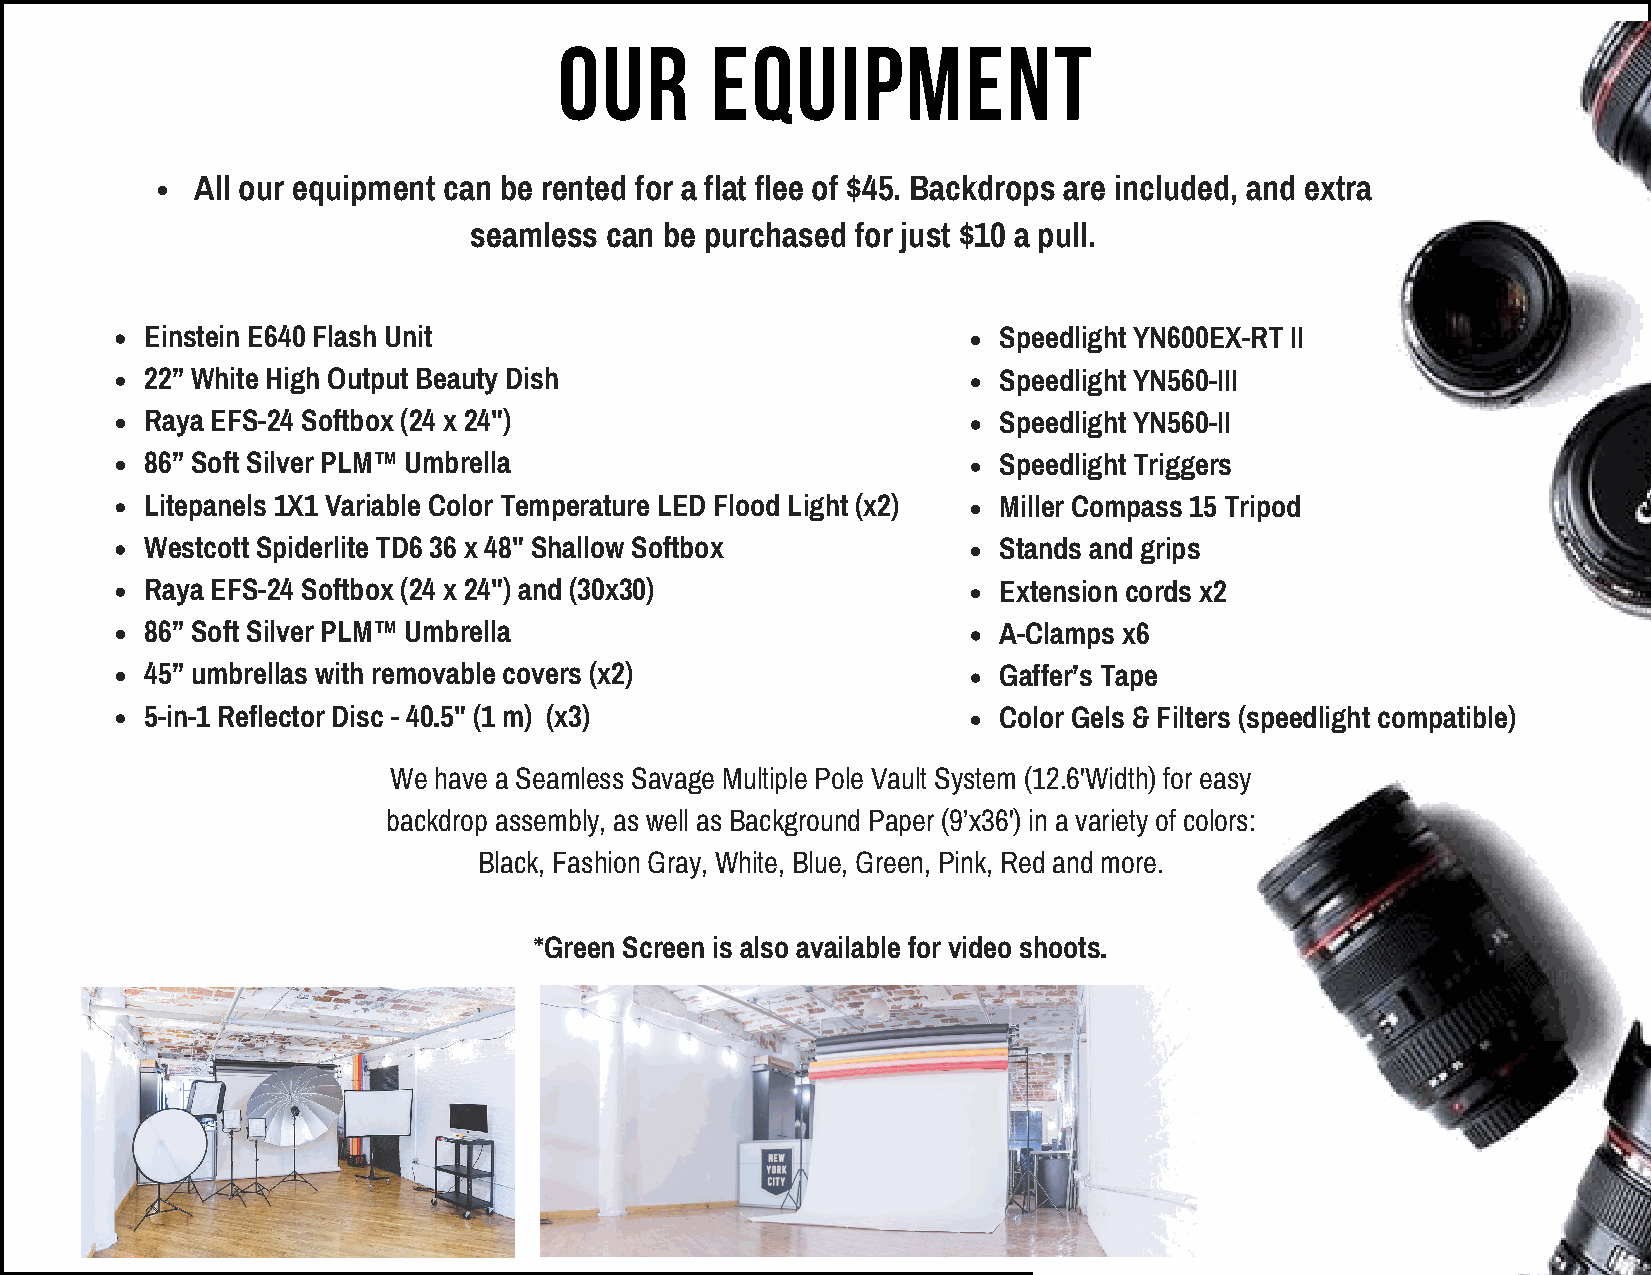
OUR       EQUIPMENT
 All our equipment can be rented for a flat flee of $45. Backdrops are included, and extra
 seamless can be purchased for just $10 a pull.
 Einstein E640 Flash Unit                                Speedlight YN600EX-RT II
 22” White High Output Beauty Dish                       Speedlight YN560-III
 Raya EFS-24 Softbox (24 x 24")                          Speedlight YN560-II
 86” Soft Silver PLM™ Umbrella                           Speedlight Triggers
 Litepanels 1X1 Variable Color Temperature LED Flood Light (x2) Miller Compass 15 Tripod
 Westcott Spiderlite TD6 36 x 48" Shallow Softbox        Stands and grips
 Raya EFS-24 Softbox (24 x 24") and (30x30)              Extension cords x2
 86” Soft Silver PLM™ Umbrella                           A-Clamps x6
 45” umbrellas with removable covers (x2)                Gaffer’s Tape
 5-in-1 Reflector Disc - 40.5" (1 m) (x3)                Color Gels & Filters (speedlight compatible)
 We have a Seamless Savage Multiple Pole Vault System (12.6'Width) for easy
 backdrop assembly, as well as Background Paper (9’x36') in a variety of colors:
 Black, Fashion Gray, White, Blue, Green, Pink, Red and more.
 *Green Screen is also available for video shoots.